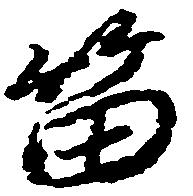
笛